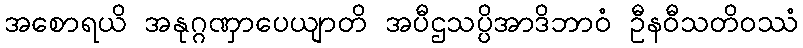
အစောရယိ အနုဂ္ဂဏှာပေယျာတိ အပီဌသပ္ပိအာဒိဘာဝံ ဦနဝီသတိဝဿံ